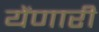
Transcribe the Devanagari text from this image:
येंणारी